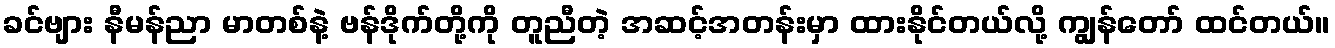
ခင်ဗျား နီမန်ညာ မာတစ်နဲ့ ဗန်ဒိုက်တို့ကို တူညီတဲ့ အဆင့်အတန်းမှာ ထားနိုင်တယ်လို့ ကျွန်တော် ထင်တယ်။